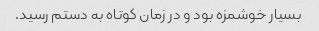
بسیار خوشمزه بود و در زمان کوتاه به دستم رسید.